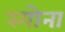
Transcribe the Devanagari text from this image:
स्योना